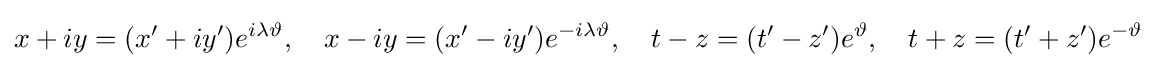
x+iy=(x'+iy')e^{i\lambda \vartheta },\quad x-iy=(x'-iy')e^{-i\lambda \vartheta },\quad t-z=(t'-z')e^{\vartheta },\quad t+z=(t'+z')e^{-\vartheta }